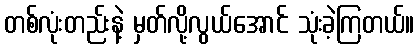
တစ်လုံးတည်းနဲ့ မှတ်လို့လွယ်အောင် သုံးခဲ့ကြတယ်။